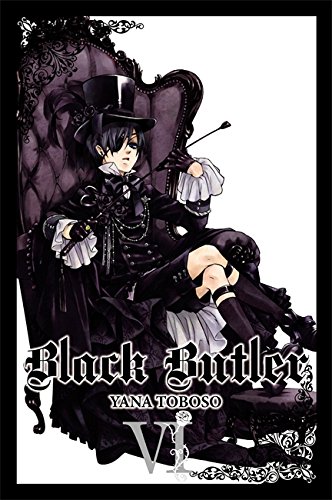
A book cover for Black Butler, Vol. 6; Comics & Graphic Novels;